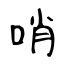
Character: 哨